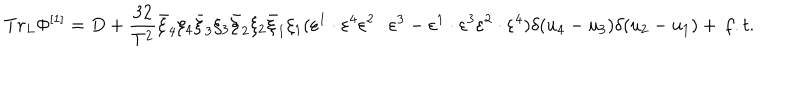
T r _ { L } \Phi ^ { \left[ 1 \right] } = D + \frac { { 3 2 } } { { T ^ { 2 } } } \bar { \xi } _ { 4 } \xi _ { 4 } \bar { \xi } _ { 3 } \xi _ { 3 } \bar { \xi } _ { 2 } \xi _ { 2 } \bar { \xi } _ { 1 } \xi _ { 1 } ( \varepsilon ^ { 1 } \cdot \varepsilon ^ { 4 } \varepsilon ^ { 2 } \cdot \varepsilon ^ { 3 } - \varepsilon ^ { 1 } \cdot \varepsilon ^ { 3 } \varepsilon ^ { 2 } \cdot \varepsilon ^ { 4 } ) \delta ( u _ { 4 } - u _ { 3 } ) \delta ( u _ { 2 } - u _ { 1 } ) + \, f . t .